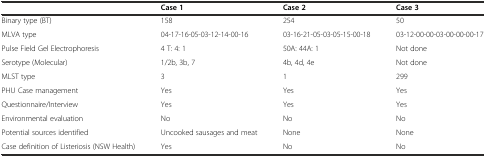
<table><thead><tr><td></td><td><b>Case 1</b></td><td><b>Case 2</b></td><td><b>Case 3</b></td></tr></thead><tbody><tr><td>Binary type (BT)</td><td>158</td><td>254</td><td>50</td></tr><tr><td>MLVA type</td><td>04-17-16-05-03-12-14-00-16</td><td>03-16-21-05-03-05-15-00-18</td><td>03-12-00-00-03-00-00-00-17</td></tr><tr><td>Pulse Field Gel Electrophoresis</td><td>4 T: 4: 1</td><td>50A: 44A: 1</td><td>Not done</td></tr><tr><td>Serotype (Molecular)</td><td>1/2b, 3b, 7</td><td>4b, 4d, 4e</td><td>Not done</td></tr><tr><td>MLST type</td><td>3</td><td>1</td><td>299</td></tr><tr><td>PHU Case management</td><td>Yes</td><td>Yes</td><td>Yes</td></tr><tr><td>Questionnaire/Interview</td><td>Yes</td><td>Yes</td><td>Yes</td></tr><tr><td>Environmental evaluation</td><td>No</td><td>No</td><td>No</td></tr><tr><td>Potential sources identified</td><td>Uncooked sausages and meat</td><td>None</td><td>None</td></tr><tr><td>Case definition of Listeriosis (NSW Health)</td><td>Yes</td><td>No</td><td>No</td></tr></tbody></table>